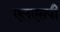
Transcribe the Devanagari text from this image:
एलएसपी